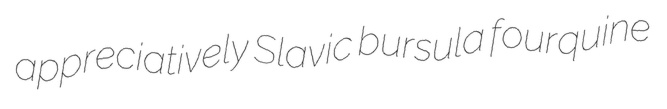
appreciatively Slavic bursula fourquine